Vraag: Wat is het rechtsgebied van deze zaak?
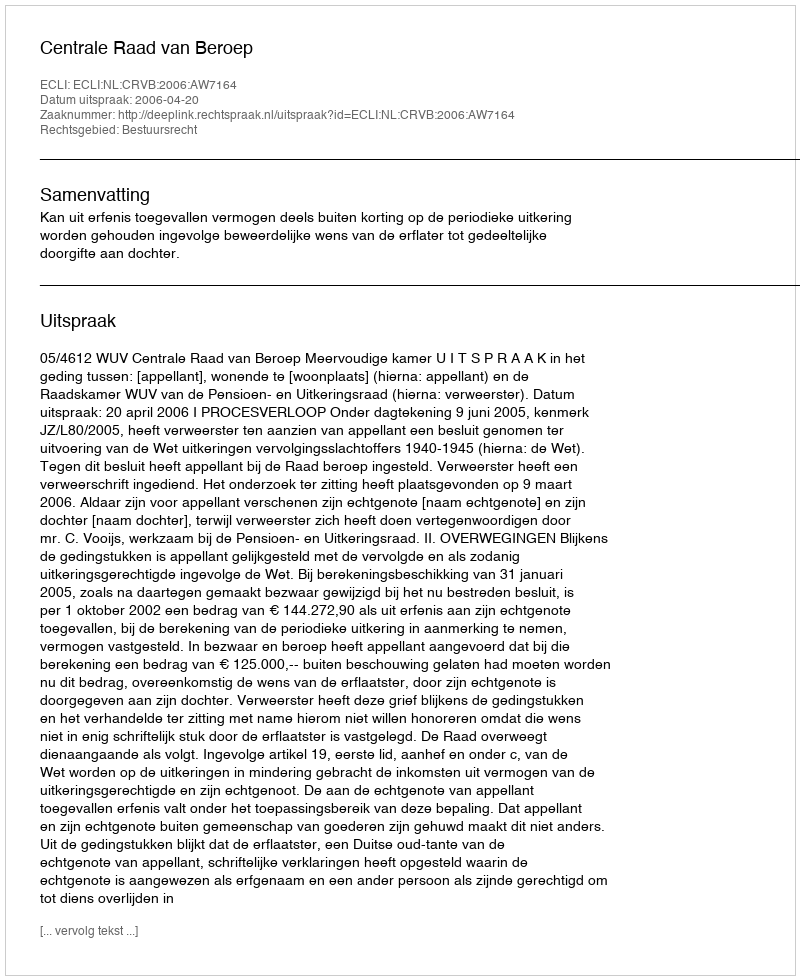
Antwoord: Bestuursrecht